Annual report of the Bengal Veterinary College and of the Civil Veterinary Department, Bengal, for the year 1910-1911 - 1910-1911
Year: 1910
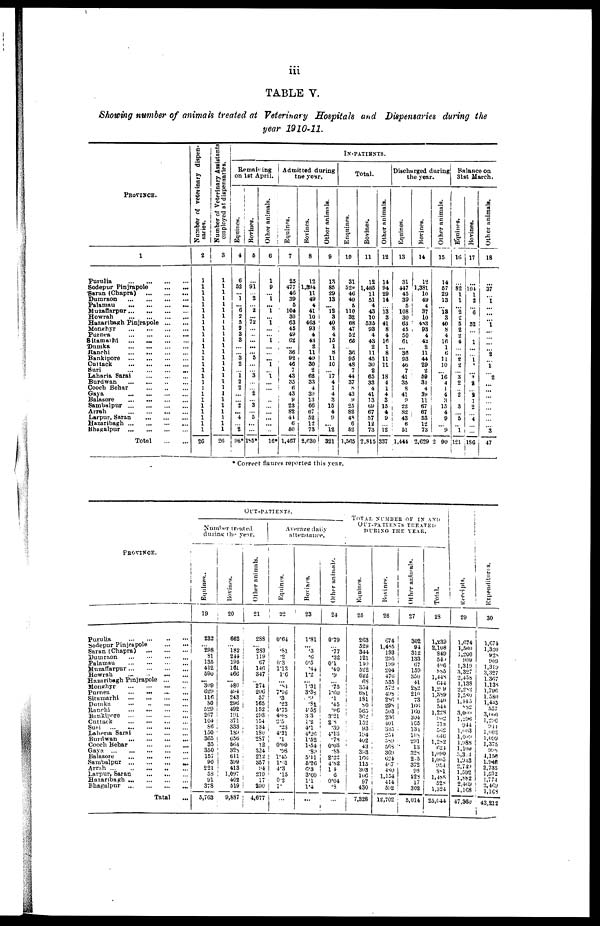
iii
TABLE V.
Showing number of animals treated at Veterinary Hospitals and Dispensaries during the
year 1910-11.
PROVINCE.
1
Purulia
...
... ... ...
Sodepur Pinjrapole
...
...
Saran (Chapra)
...
...
...
Dumraon
...
...
...
...
Palamau
...
...
...
...
Muzaffarpur ...
...
...
...
Howrah
...
...
...
...
Hazaribagh Pinjrapole
...
...
Monghyr
...
...
...
...
Purnea
...
...
...
...
Sitamathi
...
...
...
...
Dumka
...
...
...
...
Ranchi
...
...
... ...
Bankipore
...
... ... ...
Cuttack
...
...
...
...
Suri
...
...
...
...
Laharia Sarai
...
...
...
Burdwan
...
...
...
...
Cooch Behar
...
...
...
Gaya
...
...
... ...
Balasore
...
...
...
...
Sambalpur
...
...
...
...
Arrah
...
...
...
...
Larpur, Saran
...
...
...
Hazaribagh ...
...
...
...
Bhupalpur
...
...
...
...
Total
...
...
Number of veterinary dispen-
saries.
2
1
1
1
1
1
1
1
1
1
1
1
1
1
1
1
1
1
1
1
1
1
1
1
1
1
1
26
Number of Veterinary Assistants
employed at dispensaries.
3
1
1
1
1
1
1
1
1
1
1
1
1
1
1
1
1
1
1
1
1
1
1
1
1
1
1
26
IN-PATIENTS.
Remaining
on 1st April.
Equities.
4
6
52
... 1
... 6
2
5
2
3
3
...
... 3
2
...
1 2
2
...
... 2
... 4
...
2
98*
Bovines.
5
...
91
...
2
...
2
...
72
...
...
...
...
... 5
...
... 3
...
... 2
... 3
... 5
...
...
185*
Other animals.
6
1
9
...
1
... 1
... 1
...
... 1
...
...
... 1
...
1
...
...
...
...
...
...
...
...
16*
Admitted during
the year.
Equines.
7
25
477
46
39
5
104
30
63
45
49
62
... 36
92
46
7
43
35
6
43
9
23
82
44
6
50
1,467
Bovines.
8
12
1,394
11
49
4
41
10
463
93
4
43
2
11
40
30
2
62
33
4
39
13
66
67
52
12
73
2,630
Other animals.
9
13
85
29
13
...
12
3
40
8
4
15
1
8
11
10
... 17
4
1
4
3
15
4
9
... 12
321
Total.
Enquines.
10
31
529
46
40
5
110
32
68
47
52
65
... 36
95
48
7
44
37
8
43
9
25
82
48
6
52
1,565
Bovines.
11
12
1,485
11
51
4
43
10
535
93
4
43
2
11
45
30
2
65
33
4
41
13
69
67
57
12
73
2,815
Other animals.
12
14
94
29
14
...
13
3
41
8
4
16
1
8
11
11
... 18
4
1
4
3
15
4
9
... 12
337
Discharged during
the year.
Equines.
13
31
447
45
39
5
108
30
63
45
50
61
... 36
93
46
7
41
35
8
41
9
22
82
43
6
51
1,444
Bovines.
14
12
1,381
10 49
4
37
10
483
93
4
42
2
11
44
29
2
59
31
4
39
11
67
67
53
12
73
2,629
Other animals.
15
14
57
29
13
...
13 3
40
8
4
16
1
6
11
10
... 16
4
1
4
3
15
4
9
... 9
2 90
Balance on
31st March.
Equines.
16
...
82
1
1
... 2
2
5
2
2
4
...
...
2 2
... 3
2
... 2
3
... 5
... 1
121
Bovines.
17
...
104
1
2
...
6
...
52
...
1
...
...
1
1
... 7
2
...
2 1
2
... 4
...
...
186
Other animals.
18
...
37
... 1
...
...
...
1
...
...
...
... 2
... 1
... 2
...
...
...
...
...
...
...
... 3
47
* Correct figures reported this year.
PROVINCE.
Purulia
...
...
...
...
Sodepur Pinjrapole
...
...
Saran (Chapra)
...
...
...
Dumraon
...
...
...
...
Palamau
...
...
...
...
Muzaffarpur ... ... ... ...
Howrah ... ... ... ...
Hazaribagh Pinjrapole
...
...
Monghyr
...
...
...
...
Purnea
...
...
...
...
Situmarhi
...
...
...
...
Dumku ... ... ... ...
Ranchi
...
...
...
...
Bankipore ... ... ... ...
Cuttack
...
...
...
...
Suri
...
...
...
...
Laheria Sarai
...
...
...
Burdwan
...
...
...
...
Cooch Behar
...
...
...
Gaya
...
...
...
...
...
Balasore
...
...
...
...
Sambalpur
...
...
...
...
Arrah
...
...
...
...
...
Larpur, Saran
...
...
...
Hazaribagh
...
...
...
...
Bhagalpur
...
...
...
...
Tatal ...
OUT-PATIENTS.
Number treated
during the year.
Equines..
19
232
...
298
81
135
412
590
... 309
629
116
80
529
267
104
86
150
365
35
350
157
90
221
58
91
378
5,763
Bovines.
20
662
...
182
244
195
161
466
... 480
494
243
296
492
191
371
333
189
656
564
328 611
399
413
1,097
402
519
9,887
Other animals.
21
288
...
283
119
67
146
347
...
274
206
57
165
152
293
154
134
180
287
12
324
212
357
94
219
17 290
4,677
Average daily
attendance.
Equines.
22
0.64
.81
.2
0.3
1.13
1.6
... .84
7.16
.3
.22
4.75
4.68
2.5
.23
4.21
.1
0.09
.98
1.45
1.61
4.3
.15
0.2
1.
...
Bovines.
23
1.81
... .5
.6
0.5
.44
1.2
... 1.31
3.38
.9
.81
4.55
3.3
1.2
4.1
4.26
1.52
1.54
.89
5.11
5.26
0.3
3.00
1.1
1.4
...
Other animals.
24
0.79
...
.77
.32
0.1
.40
.9
... .75
1.60
.1 .45
.96
3.21
2.8
.39
4.13
.78
0.03
.88
2.22
4.82
1.4
6
0.04
.8
...
TOTAL
NUMBER
OF
IN
AND
OUT-PATIENTS
TREATED
DURING THE YEAR.
Equines.
25
263
529
344
121
140
522
622
68
354
681
181
80
565
362
152
93
194
402
43
393
165
115
303
106
97
430
7,328
Bovines.
26
674
1,485
193
295
199
204
476
535
572
498
286
298
503
236
401
335
254
589
568
369
624
467
480
1,154
414
592
12,702
Other animals.
27
302
94
312
133
67
159
350
41
282
210
73
166
160
304
165
134
198
291
13
328
2.5
372
95
228
17
302
5,014
Total.
28
1,239
2,108
849
549
496
885
1,448
644
1,209
1,389
540
544
1,228
902
718
562
646
l,282
624
1,090
1,005
954
881
1,488
528
1,324
25,644
Receipts.
29
1,674
1,560
1,200
909
1,319
3,327
2,458
1,138
2,282
1,580
1,445
882
3,000
1,296
944
1,603
1,098
1,988
1,108
5,314
1,913
2,749
1,592
1,882
2,469
1,168
47,380
Expenditures.
30
1,674
1,320
925
909
l,319
3,327
1,367
1,138
1,796
1,580
1,445
557
3,000
1,296
944
1,603
1,092
1,375
998
4,150
1,948
1,948
1,592
1,774
2,469
1,168
43,212